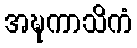
အဍ္ဎကာသိကံ